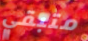
متبقي